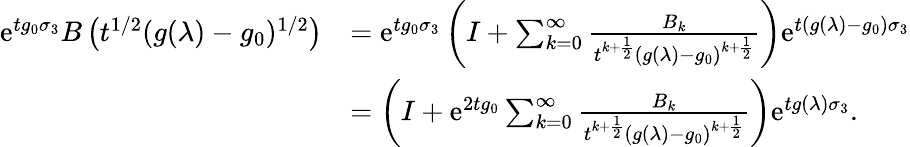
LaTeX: \begin{array}{rl}{\mathrm{e}^{tg_{0}\sigma_{3}}B\left(t^{1/2}(g(\lambda)-g_{0})^{1/2}\right)}&{=\mathrm{e}^{tg_{0}\sigma_{3}}\left(I+\sum_{k=0}^{\infty}\frac{B_{k}}{t^{k+\frac{1}{2}}(g(\lambda)-g_{0})^{k+\frac{1}{2}}}\right)\mathrm{e}^{t(g(\lambda)-g_{0})\sigma_{3}}}\\ &{=\left(I+\mathrm{e}^{2tg_{0}}\sum_{k=0}^{\infty}\frac{B_{k}}{t^{k+\frac{1}{2}}(g(\lambda)-g_{0})^{k+\frac{1}{2}}}\right)\mathrm{e}^{tg(\lambda)\sigma_{3}}.}\end{array}